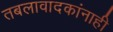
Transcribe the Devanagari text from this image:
तबलावादकांनाही